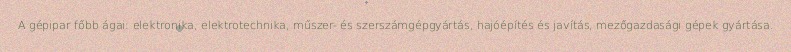
A gépipar főbb ágai: elektronika, elektrotechnika, műszer- és szerszámgépgyártás, hajóépítés és javítás, mezőgazdasági gépek gyártása.